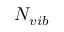
N _ { v i b }